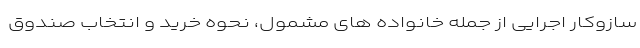
سازوکار اجرایی از جمله خانواده های مشمول، نحوه خرید و انتخاب صندوق